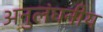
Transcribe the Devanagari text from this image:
अनुलंघनीय